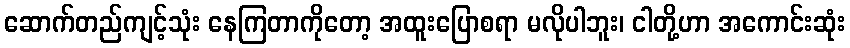
ဆောက်တည်ကျင့်သုံး နေကြတာကိုတော့ အထူးပြောစရာ မလိုပါဘူး၊ ငါတို့ဟာ အကောင်းဆုံး